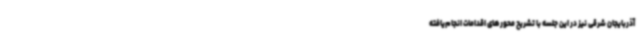
آذربایجان شرقی نیز در این جلسه با تشریح محورهای اقدامات انجام‌یافته